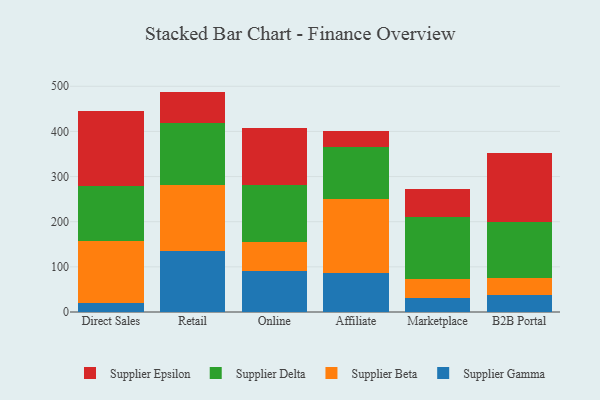
{"axis": {"x": "Channel", "y": "Revenue (USD Million)"}, "legend": ["Supplier Beta", "Supplier Delta", "Supplier Epsilon", "Supplier Gamma"], "data": [{"x": "Direct Sales", "y": 19.0, "type": "Supplier Gamma"}, {"x": "Direct Sales", "y": 139.0, "type": "Supplier Beta"}, {"x": "Direct Sales", "y": 122.1, "type": "Supplier Delta"}, {"x": "Direct Sales", "y": 165.4, "type": "Supplier Epsilon"}, {"x": "Retail", "y": 135.3, "type": "Supplier Gamma"}, {"x": "Retail", "y": 146.1, "type": "Supplier Beta"}, {"x": "Retail", "y": 137.4, "type": "Supplier Delta"}, {"x": "Retail", "y": 69.4, "type": "Supplier Epsilon"}, {"x": "Online", "y": 91.1, "type": "Supplier Gamma"}, {"x": "Online", "y": 63.9, "type": "Supplier Beta"}, {"x": "Online", "y": 126.4, "type": "Supplier Delta"}, {"x": "Online", "y": 126.4, "type": "Supplier Epsilon"}, {"x": "Affiliate", "y": 87.1, "type": "Supplier Gamma"}, {"x": "Affiliate", "y": 163.6, "type": "Supplier Beta"}, {"x": "Affiliate", "y": 115.9, "type": "Supplier Delta"}, {"x": "Affiliate", "y": 34.8, "type": "Supplier Epsilon"}, {"x": "Marketplace", "y": 31.2, "type": "Supplier Gamma"}, {"x": "Marketplace", "y": 41.2, "type": "Supplier Beta"}, {"x": "Marketplace", "y": 139.0, "type": "Supplier Delta"}, {"x": "Marketplace", "y": 61.4, "type": "Supplier Epsilon"}, {"x": "B2B Portal", "y": 37.8, "type": "Supplier Gamma"}, {"x": "B2B Portal", "y": 37.8, "type": "Supplier Beta"}, {"x": "B2B Portal", "y": 123.9, "type": "Supplier Delta"}, {"x": "B2B Portal", "y": 153.3, "type": "Supplier Epsilon"}]}